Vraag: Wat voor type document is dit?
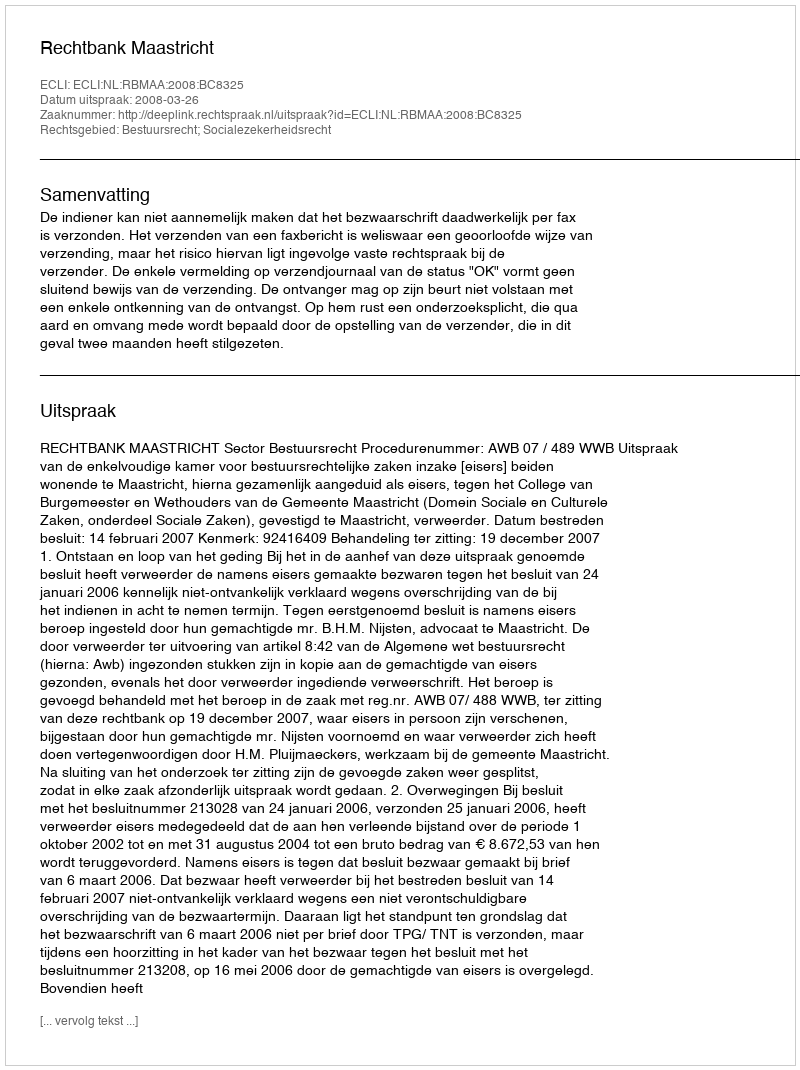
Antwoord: Uitspraak